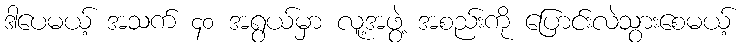
ဒါပေမယ့် အသက် ၄၀ အရွယ်မှာ လူ့အဖွဲ့ အစည်းကို ပြောင်းလဲသွားစေမယ့်